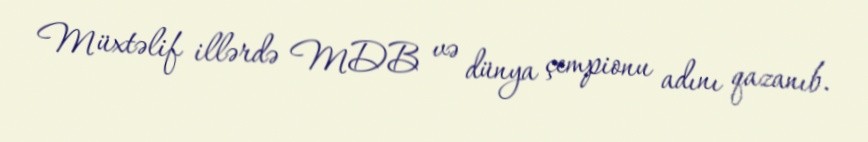
Müxtəlif illərdə MDB və dünya çempionu adını qazanıb.